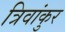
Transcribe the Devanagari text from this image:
त्रिवांकुर